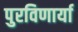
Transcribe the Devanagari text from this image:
पुरविणार्या